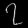
Digit: ၇